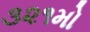
૩૨૧મો